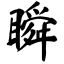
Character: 瞬